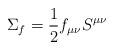
LaTeX: \begin{align*}\Sigma_{f}=\frac{1}{2}f_{\mu\nu}S^{\mu\nu}\end{align*}